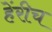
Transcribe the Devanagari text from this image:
हेंरीच